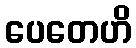
ပေတေဟိ